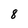
Character: 8